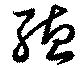
聽